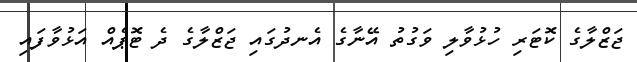
ޖަޒްލާގެ ކޮޓަރި ހުޅުވާލި ވަގުތު އޭނާގެ އެނދުގައި ޖަޒްލާގެ ދެ ޓޮޕެއް އަޅުވާފައި